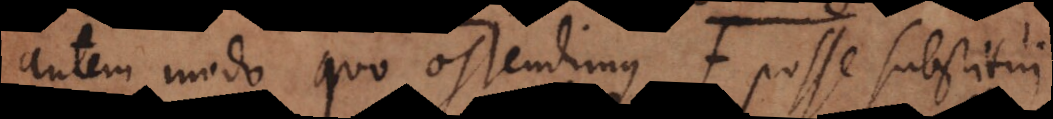
autem modo quo ostendimus f posse substitui